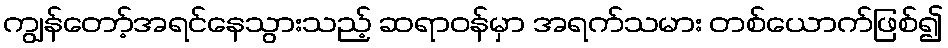
ကျွန်တော့်အရင်နေသွားသည့် ဆရာဝန်မှာ အရက်သမား တစ်ယောက်ဖြစ်၍